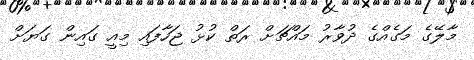
މާލޭގެ މަގެއްގެ ދުވާރު މައްޗަށް ރަތް ކުޅު ޖަހާފައި މިއީ ގައިން ގަޔަށް